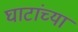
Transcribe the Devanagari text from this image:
घाटांच्या